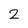
Character: 2